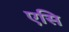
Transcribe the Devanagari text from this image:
एसि